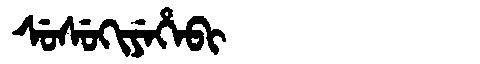
Manchu: ᠰᡠᠰᡠᡴᡳᠶᡝᡥᡝᠪᡳ
Romanization: SUSUKIYEHEBI